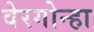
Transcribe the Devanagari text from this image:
वेरगोन्हा